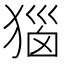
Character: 㺁